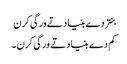
بنتر دے بنیاد تے ورگی کرن
کم دے بنیاد تے ورگی کرن ۔